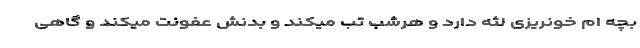
بچه ام خونریزی لثه دارد و هرشب تب میکند و بدنش عفونت میکند و گاهی